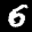
Label: 6